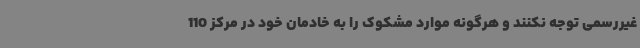
غیررسمی توجه نکنند و هرگونه موارد مشکوک را به خادمان خود در مرکز 110